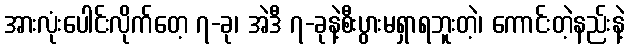
အားလုံးပေါင်းလိုက်တေ့ ၇-ခု၊ အဲဒီ ၇-ခုနဲ့စီးပွားမရှာရဘူးတဲ့၊ ကောင်းတဲ့နည်းနဲ့